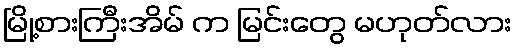
မြို့စားကြီးအိမ် က မြင်းတွေ မဟုတ်လား